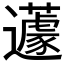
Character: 𨙊